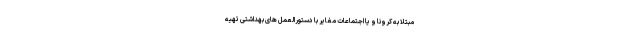
مبتلا به کرونا و یا اجتماعات مغایر با دستورالعمل های بهداشتی تهیه